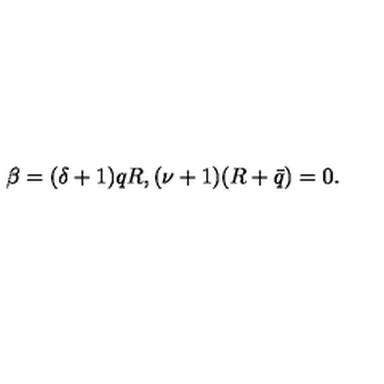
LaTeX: \beta = ( \delta + 1 ) q R , ( \nu + 1 ) ( R + \bar { q } ) = 0 .